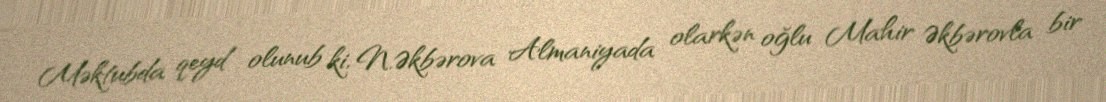
Məktubda qeyd olunub ki, N.Əkbərova Almaniyada olarkən oğlu Mahir Əkbərovla bir